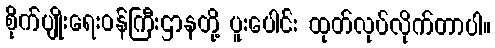
စိုက်ပျိုးရေးဝန်ကြီးဌာနတို့ ပူးပေါင်း ထုတ်လုပ်လိုက်တာပါ။